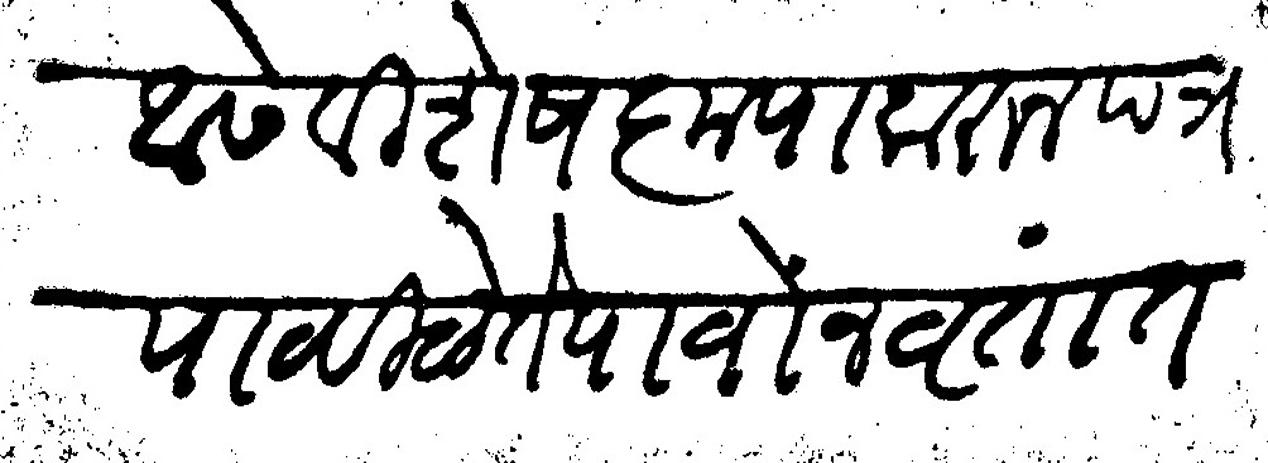
Transliteration (Devanagari): आसे विशेष कृपा करून पत्र पाठविळे ते पावोंन वृतांत